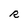
Character: R